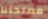
مصلحتنا